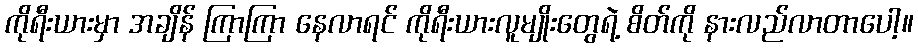
ကိုရီးယားမှာ အချိန် ကြာကြာ နေလာရင် ကိုရီးယားလူမျိုးတွေရဲ့ စိတ်ကို နားလည်လာတာပေါ့။